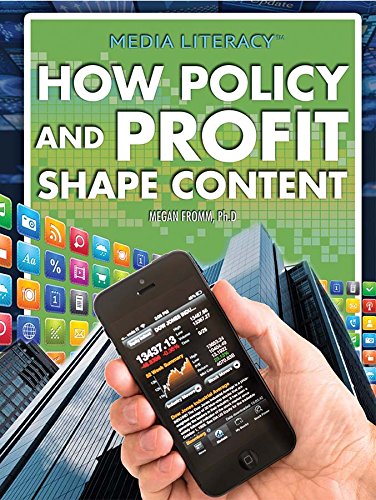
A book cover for How Policy and Profit Shape Content (Media Literacy); Megan Fromm; Children's Books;